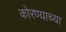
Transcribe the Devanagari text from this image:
कोरण्याच्या